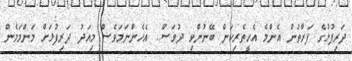
ދަރިފުޅުގެ ފަރާތުން އެންމެ އެހީތެރިކަން ބޭނުންވި ދުވަސް.. އެހެންނަމަވެސް މިއަދު ދަރިފުޅަށް މަންމަމެން